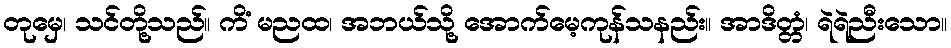
တုမှေ၊ သင်တို့သည်။ ကိံ မညထ၊ အဘယ်သို့ အောက်မေ့ကုန်သနည်း။ အာဒိတ္တံ၊ ရဲရဲညီးသော။